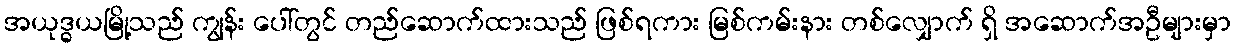
အယုဒ္ဓယမြို့သည် ကျွန်း ပေါ်တွင် တည်ဆောက်ထားသည် ဖြစ်ရကား မြစ်ကမ်းနား တစ်လျှောက် ရှိ အဆောက်အဦများမှာ